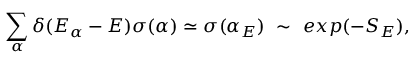
\sum _ { \alpha } \delta ( E _ { \alpha } - E ) \sigma ( \alpha ) \simeq \sigma ( \alpha _ { E } ) ~ \sim ~ e x p ( - S _ { E } ) ,